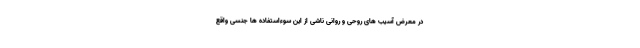
در معرض آسیب های روحی و روانی ناشی از این سوءاستفاده ها جنسی واقع